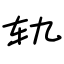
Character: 轨